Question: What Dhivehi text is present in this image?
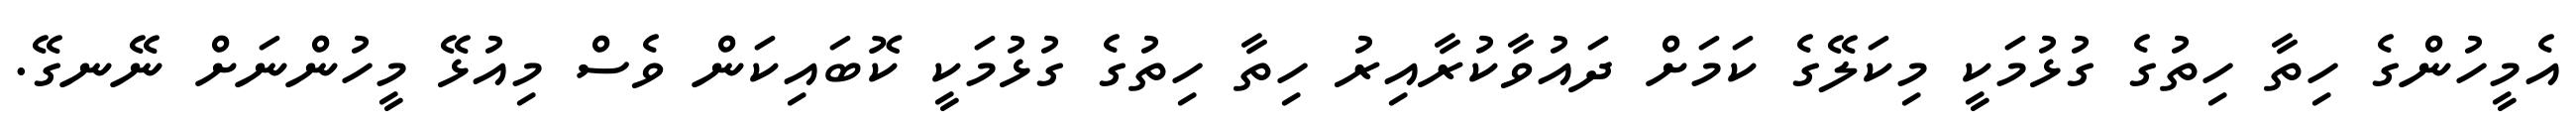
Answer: އެމީހުންގެ ހިތާ ހިތުގެ ގުޅުމަކީ މިކަލޭގެ ކަމަށް ދައުވާކުރާއިރު ހިތާ ހިތުގެ ގުޅުމަކީ ކޮބައިކަން ވެސް މިއުޅޭ މީހުންނަށް ނޭނގޭ.